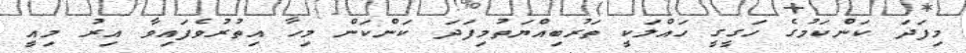
މިފަދަ ކަންކަމުގެ ހަގީގީ ހައްލަކީ ތަރުބިއްޔަތުމިފަދަ ކަންކަން މިހާ އިތުރުވެފައިވާ އިރު މިއީ